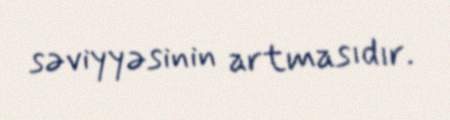
səviyyəsinin artmasıdır.